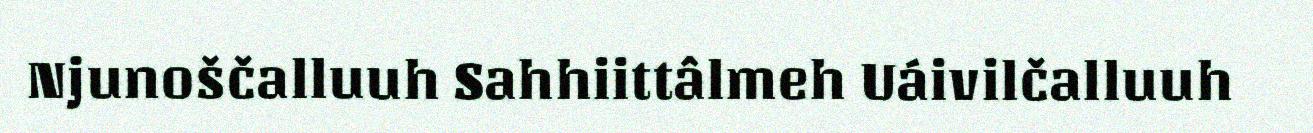
Njunoščalluuh Sahhiittâlmeh Uáivilčalluuh